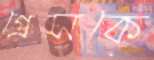
গ্রেসকে